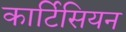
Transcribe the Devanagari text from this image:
कार्टिसियन